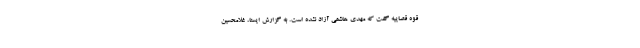
قوه قصاییه گفت که مهدی هاشمی آزاد نشده است. به گزارش ایسنا، غلامحسین